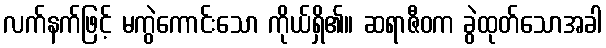
လက်နက်ဖြင့် မကွဲကောင်းသော ကိုယ်ရှိ၏။ ဆရာဇီဝက ခွဲထုတ်သောအခါ